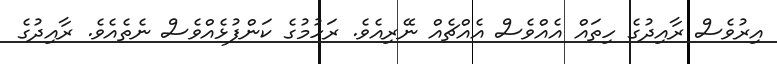
އިރުވެސް ރާއިދުގެ ހިތައް އެއްވެސް އެއްޗެއް ނޭރިއެވެ. ރަހުމުގެ ކަންފުޅެއްވެސް ނެތެއެވެ. ރާއިދުގެ